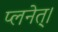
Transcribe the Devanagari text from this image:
प्लनेत्।